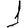
Digit: 1